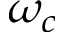
\omega _ { c }